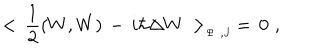
< \, { \frac { 1 } { 2 } } ( W , W ) \, - \, i \hbar \Delta W \, > _ { _ { \Psi \, \, , J } } \, = \, 0 \, \, ,